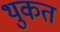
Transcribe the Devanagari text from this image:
थुकत